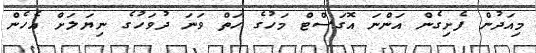
މިއަދުން ފެށިގެން އަންނަ އޮގަސްޓް މަހުގެ ހަތް ވަނަ ދުވަހުގެ ނިޔަލަށް އެހެން